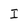
Character: I